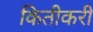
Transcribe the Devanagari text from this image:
कितीकरी